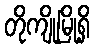
တိုကျိုမြို့ရှိ